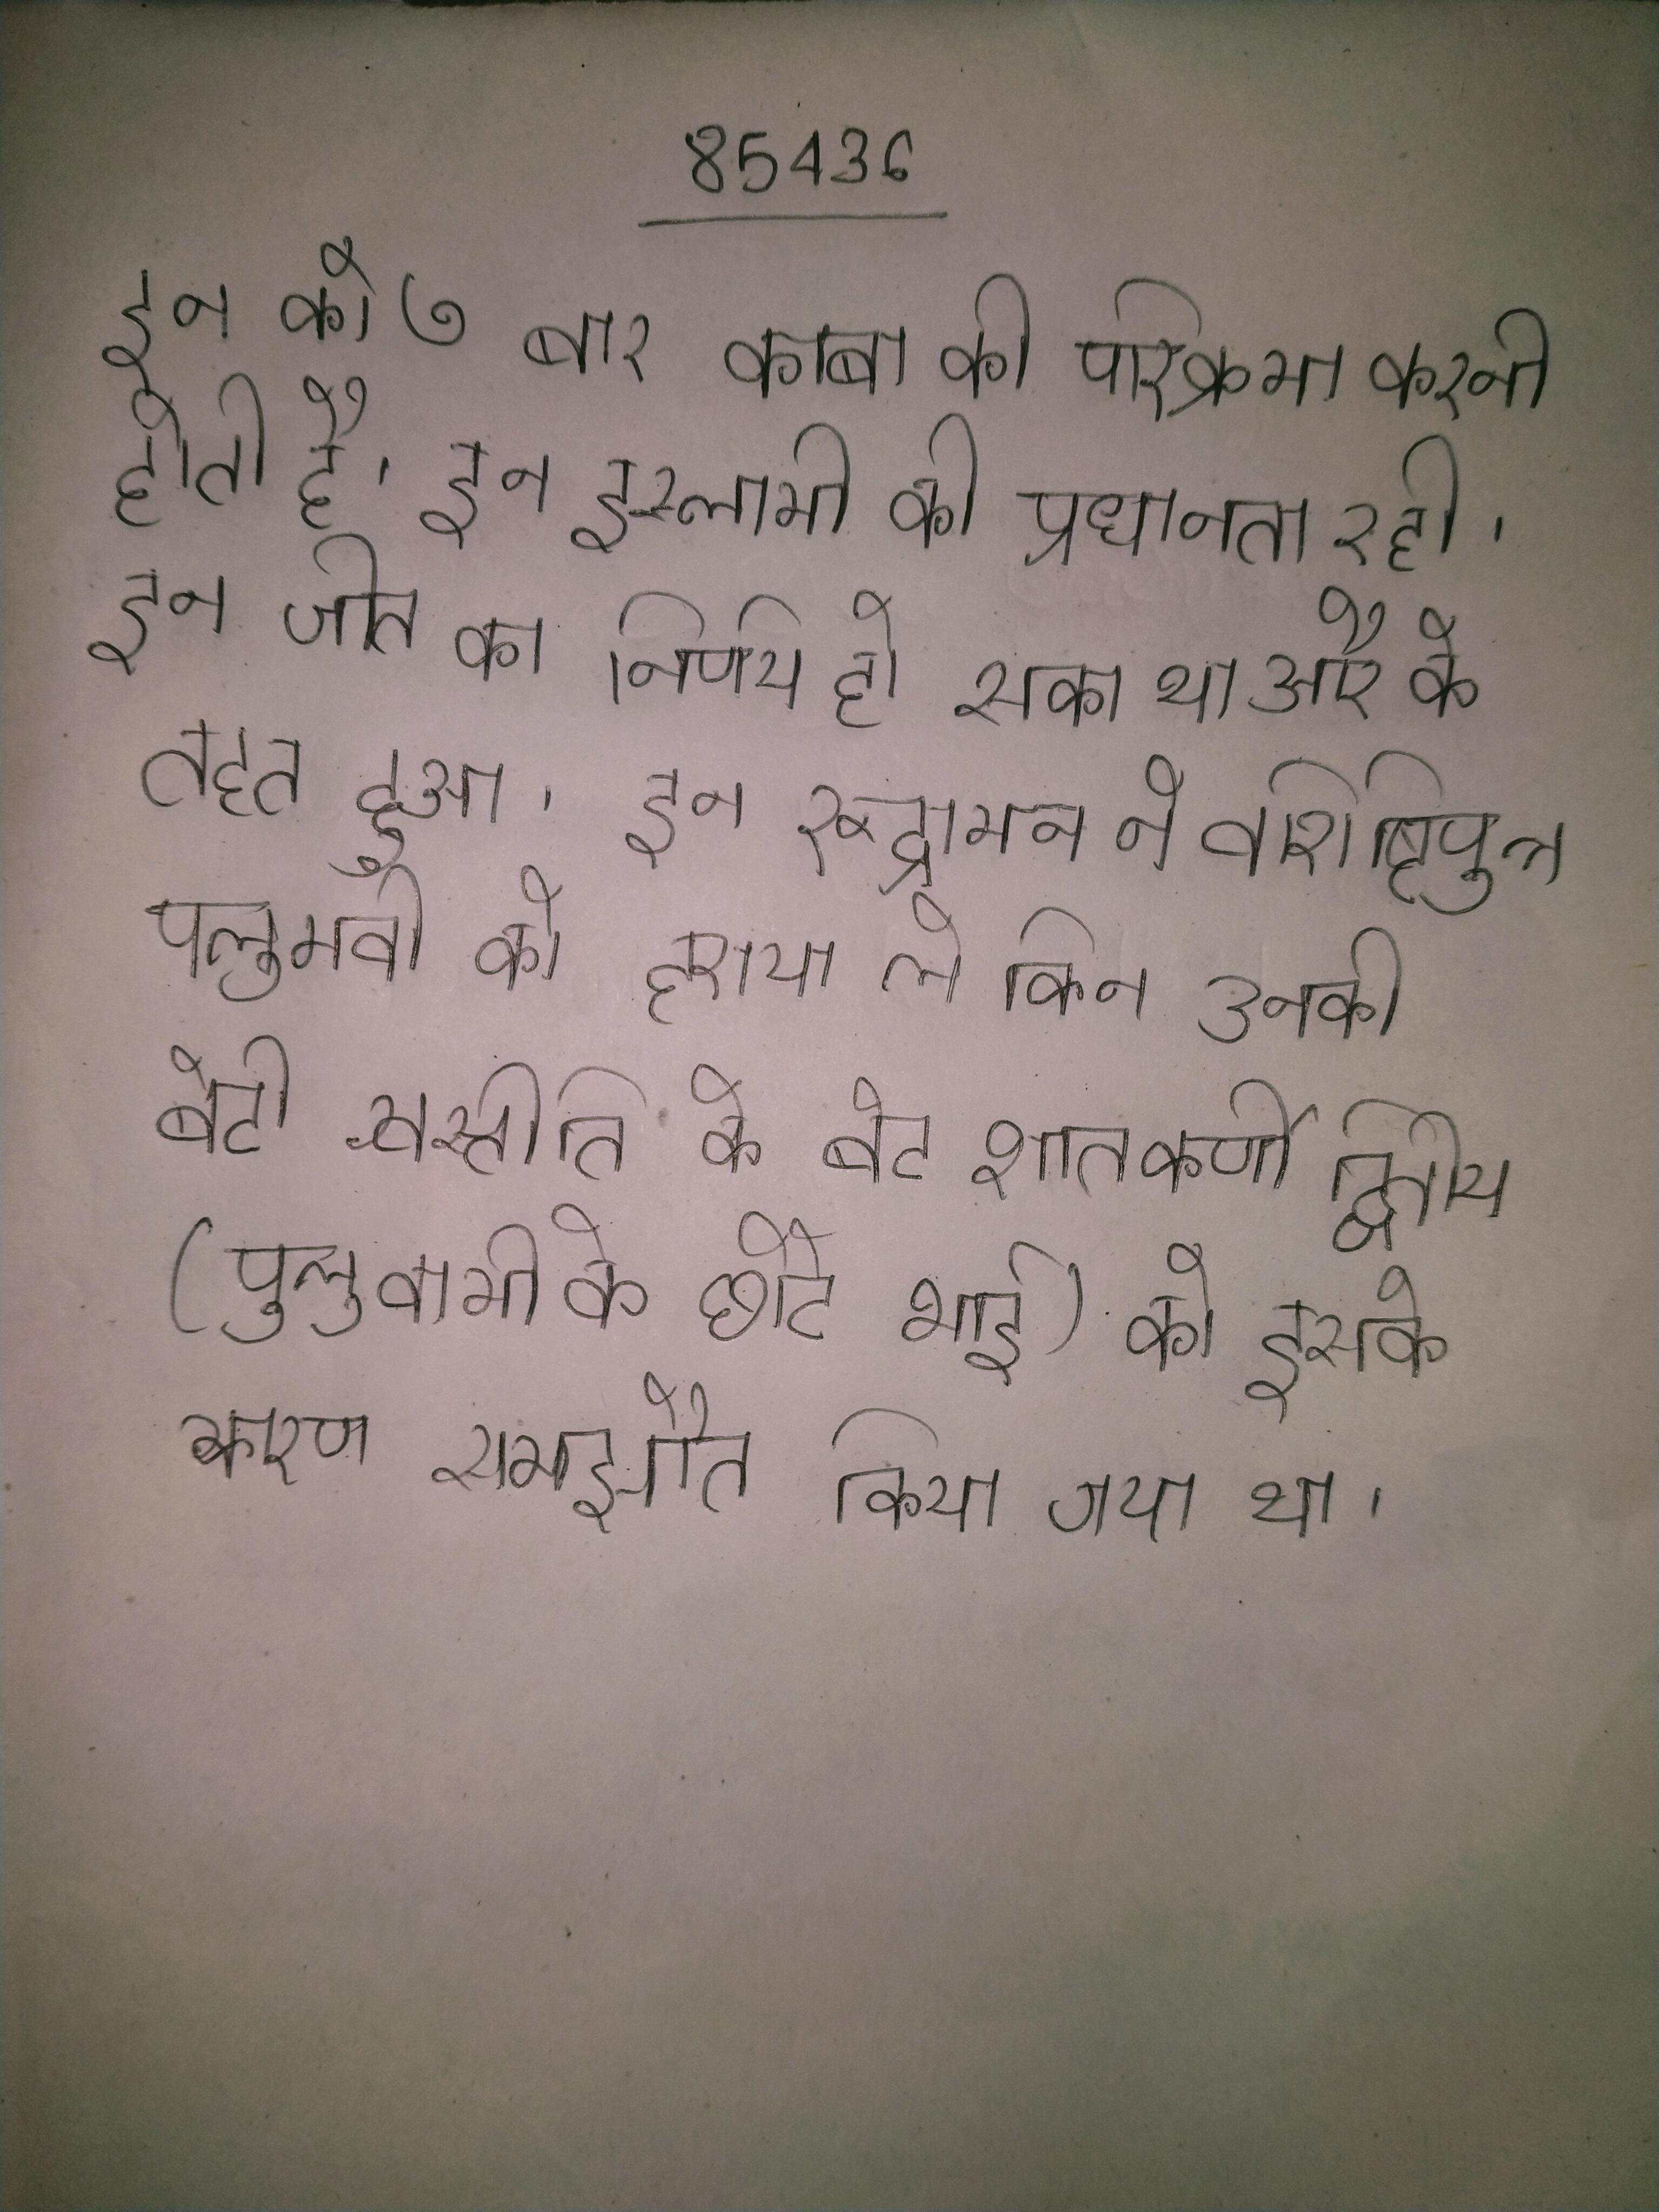
इन को ७ बार काबा की परिक्रमा करनी होती है । इन इस्लामी की प्रधानता रही । इन जीत का निर्णय हो सका था और के तहत हुआ । इन रूद्रामन ने वशिष्ठिपुत्र पलुमवी को हराया लेकिन उनकी बेटी वस्तीति के बेटे शातकर्णी द्वितीय (पुलुवामी के छोटे भाई) को इसके कारण समझौता किया गया था ।